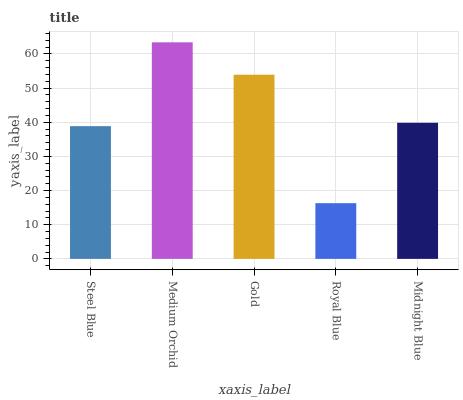
| xaxis_label | bars |
 | --- | --- |
 | Steel Blue | 38.9 |
 | Medium Orchid | 63.4 |
 | Gold | 53.9 |
 | Royal Blue | 16.3 |
 | Midnight Blue | 39.9 |